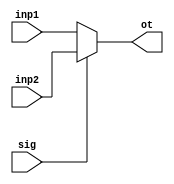
module mux(inp1,inp2,sig,ot);

    input [31:0] inp1,inp2;
    input sig;
    output [31:0] ot;

    assign ot = (sig == 1'b0) ? inp1 : inp2;

endmodule